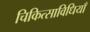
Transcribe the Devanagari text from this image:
चिकित्साविधियाँ